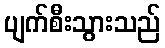
ပျက်စီးသွားသည်